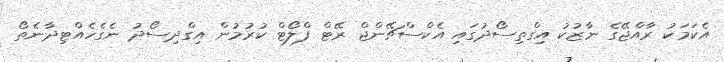
އެކަމަކު ރާއްޖޭގެ ނާޒުކު އިގްތިސޯދުގައި އެކްސްޗޭންޖް ރޭޓް ފްލޯޓް ކުރުމުން އިގްދިސޯދު ނެގެހެއްޓިދާނެތޯ